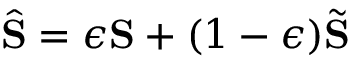
\widehat { \mathbf { S } } = \epsilon \mathbf { S } + ( 1 - \epsilon ) \widetilde { \mathbf { S } }